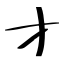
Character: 才